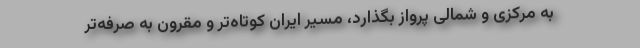
به مرکزی و شمالی پرواز بگذارد، مسیر ایران کوتاه‌تر و مقرون به صرفه‌تر